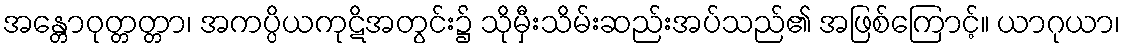
အန္တောဝုတ္တတ္တာ၊ အကပ္ပိယကုဋိအတွင်း၌ သိုမှီးသိမ်းဆည်းအပ်သည်၏ အဖြစ်ကြောင့်။ ယာဂုယာ၊